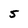
Character: 5